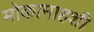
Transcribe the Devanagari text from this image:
मोकामाहशी